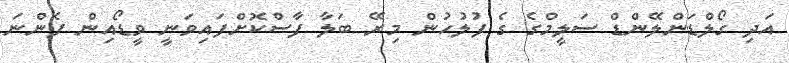
އަދި ގޯލްޑަންލޭންޑް ސަލީމްގެ ގެ ފުލުހުން މިރޭ ބަލާ ފާސްކޮށްފައިވަނީ ވީޑޯއިން ފެންނަ